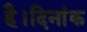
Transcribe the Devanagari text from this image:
है।दिनांक